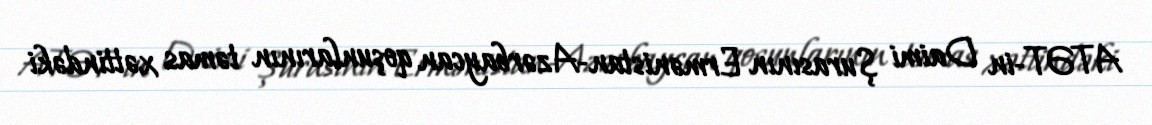
ATƏT-in Daimi Şurasının Ermənistan-Azərbaycan qoşunlarının təmas xəttindəki